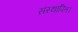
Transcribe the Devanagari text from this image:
संस्थापित।